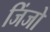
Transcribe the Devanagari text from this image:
जिंजो